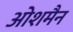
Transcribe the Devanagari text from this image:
ओशमैन